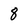
Character: 8